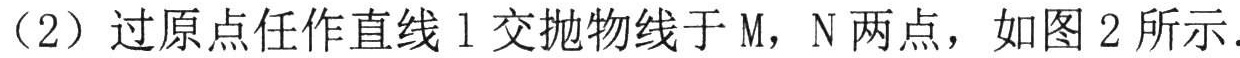
（2）过原点任作直线\(l\)交抛物线于\(M\)，\(N\)两点，如图\(2\)所示.